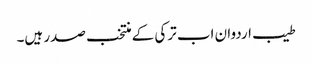
طیب اردوان اب ترکی کے منتخب صدر ہیں۔